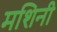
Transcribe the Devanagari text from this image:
मशिनी